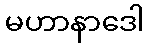
မဟာနာဒေါ